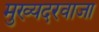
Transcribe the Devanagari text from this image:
मुख्यदरवाजा